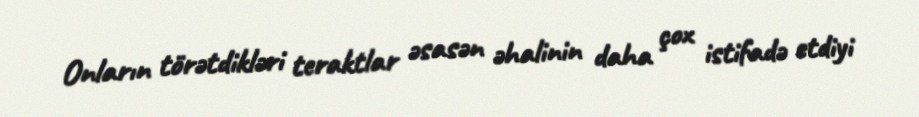
Onların törətdikləri teraktlar əsasən əhalinin daha çox istifadə etdiyi